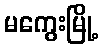
မကွေးမြို့